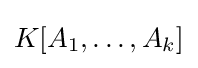
K[A_{1},\ldots ,A_{k}]